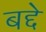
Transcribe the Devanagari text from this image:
बद्दे